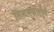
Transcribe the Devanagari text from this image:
सिस्टमफोर्शुंग